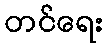
တင်ရေး